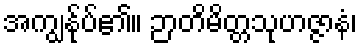
အကျွန်ုပ်၏။ ဉာတိမိတ္တသုဟဇ္ဇာနံ၊